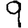
Digit: 9